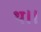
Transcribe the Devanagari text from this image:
थ।।